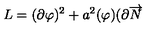
L = ( \partial \varphi ) ^ { 2 } + a ^ { 2 } ( \varphi ) ( \partial \overrightarrow { N }